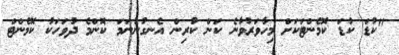
"ކުޑަ ކުޑަ ކޮމެންޓަކަށް މިހާވަރުވާނެ ކަން ކުރިން އެނގުނުނަމަ ކޮންމެ ދުވަހަކު ކޮމެންޓް